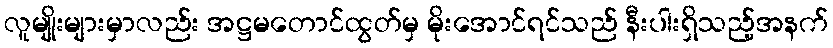
လူမျိုးများမှာလည်း အဋ္ဌမတောင်ထွတ်မှ မိုးအောင်ရင်သည် နီးပါးရှိသည့်အနက်